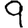
Digit: 9